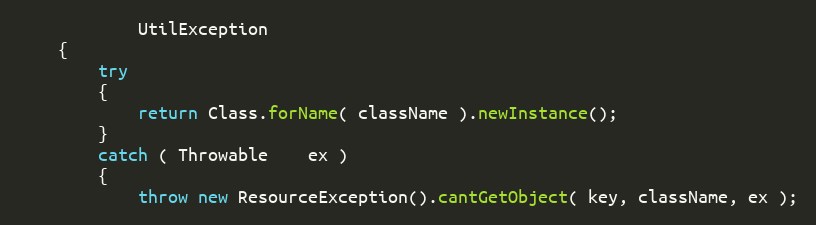
Language: Java
            UtilException
    {
        try
        {
            return Class.forName( className ).newInstance();
        }
        catch ( Throwable    ex )
        {
            throw new ResourceException().cantGetObject( key, className, ex );